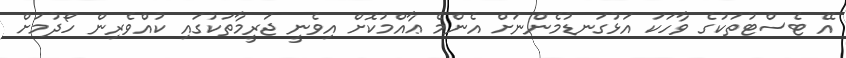
އޭ ޓެސްޓުތަކުގެ ވާހަކަ އަޅުގަނޑުމެންނަށް އެންމެ ޢާއްމުކޮށް އިވެނީ ޖަރީމާތަކުގައި ކުއްވެރިން ހޯދުމަށް